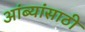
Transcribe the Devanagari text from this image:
आंब्यांसाठी